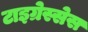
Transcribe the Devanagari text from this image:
टाइग्रेस्सेस